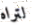
لتراه